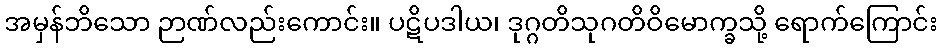
အမှန်ဘိသော ဉာဏ်လည်းကောင်း။ ပဋိပဒါယ၊ ဒုဂ္ဂတိသုဂတိဝိမောက္ခသို့ ရောက်ကြောင်း